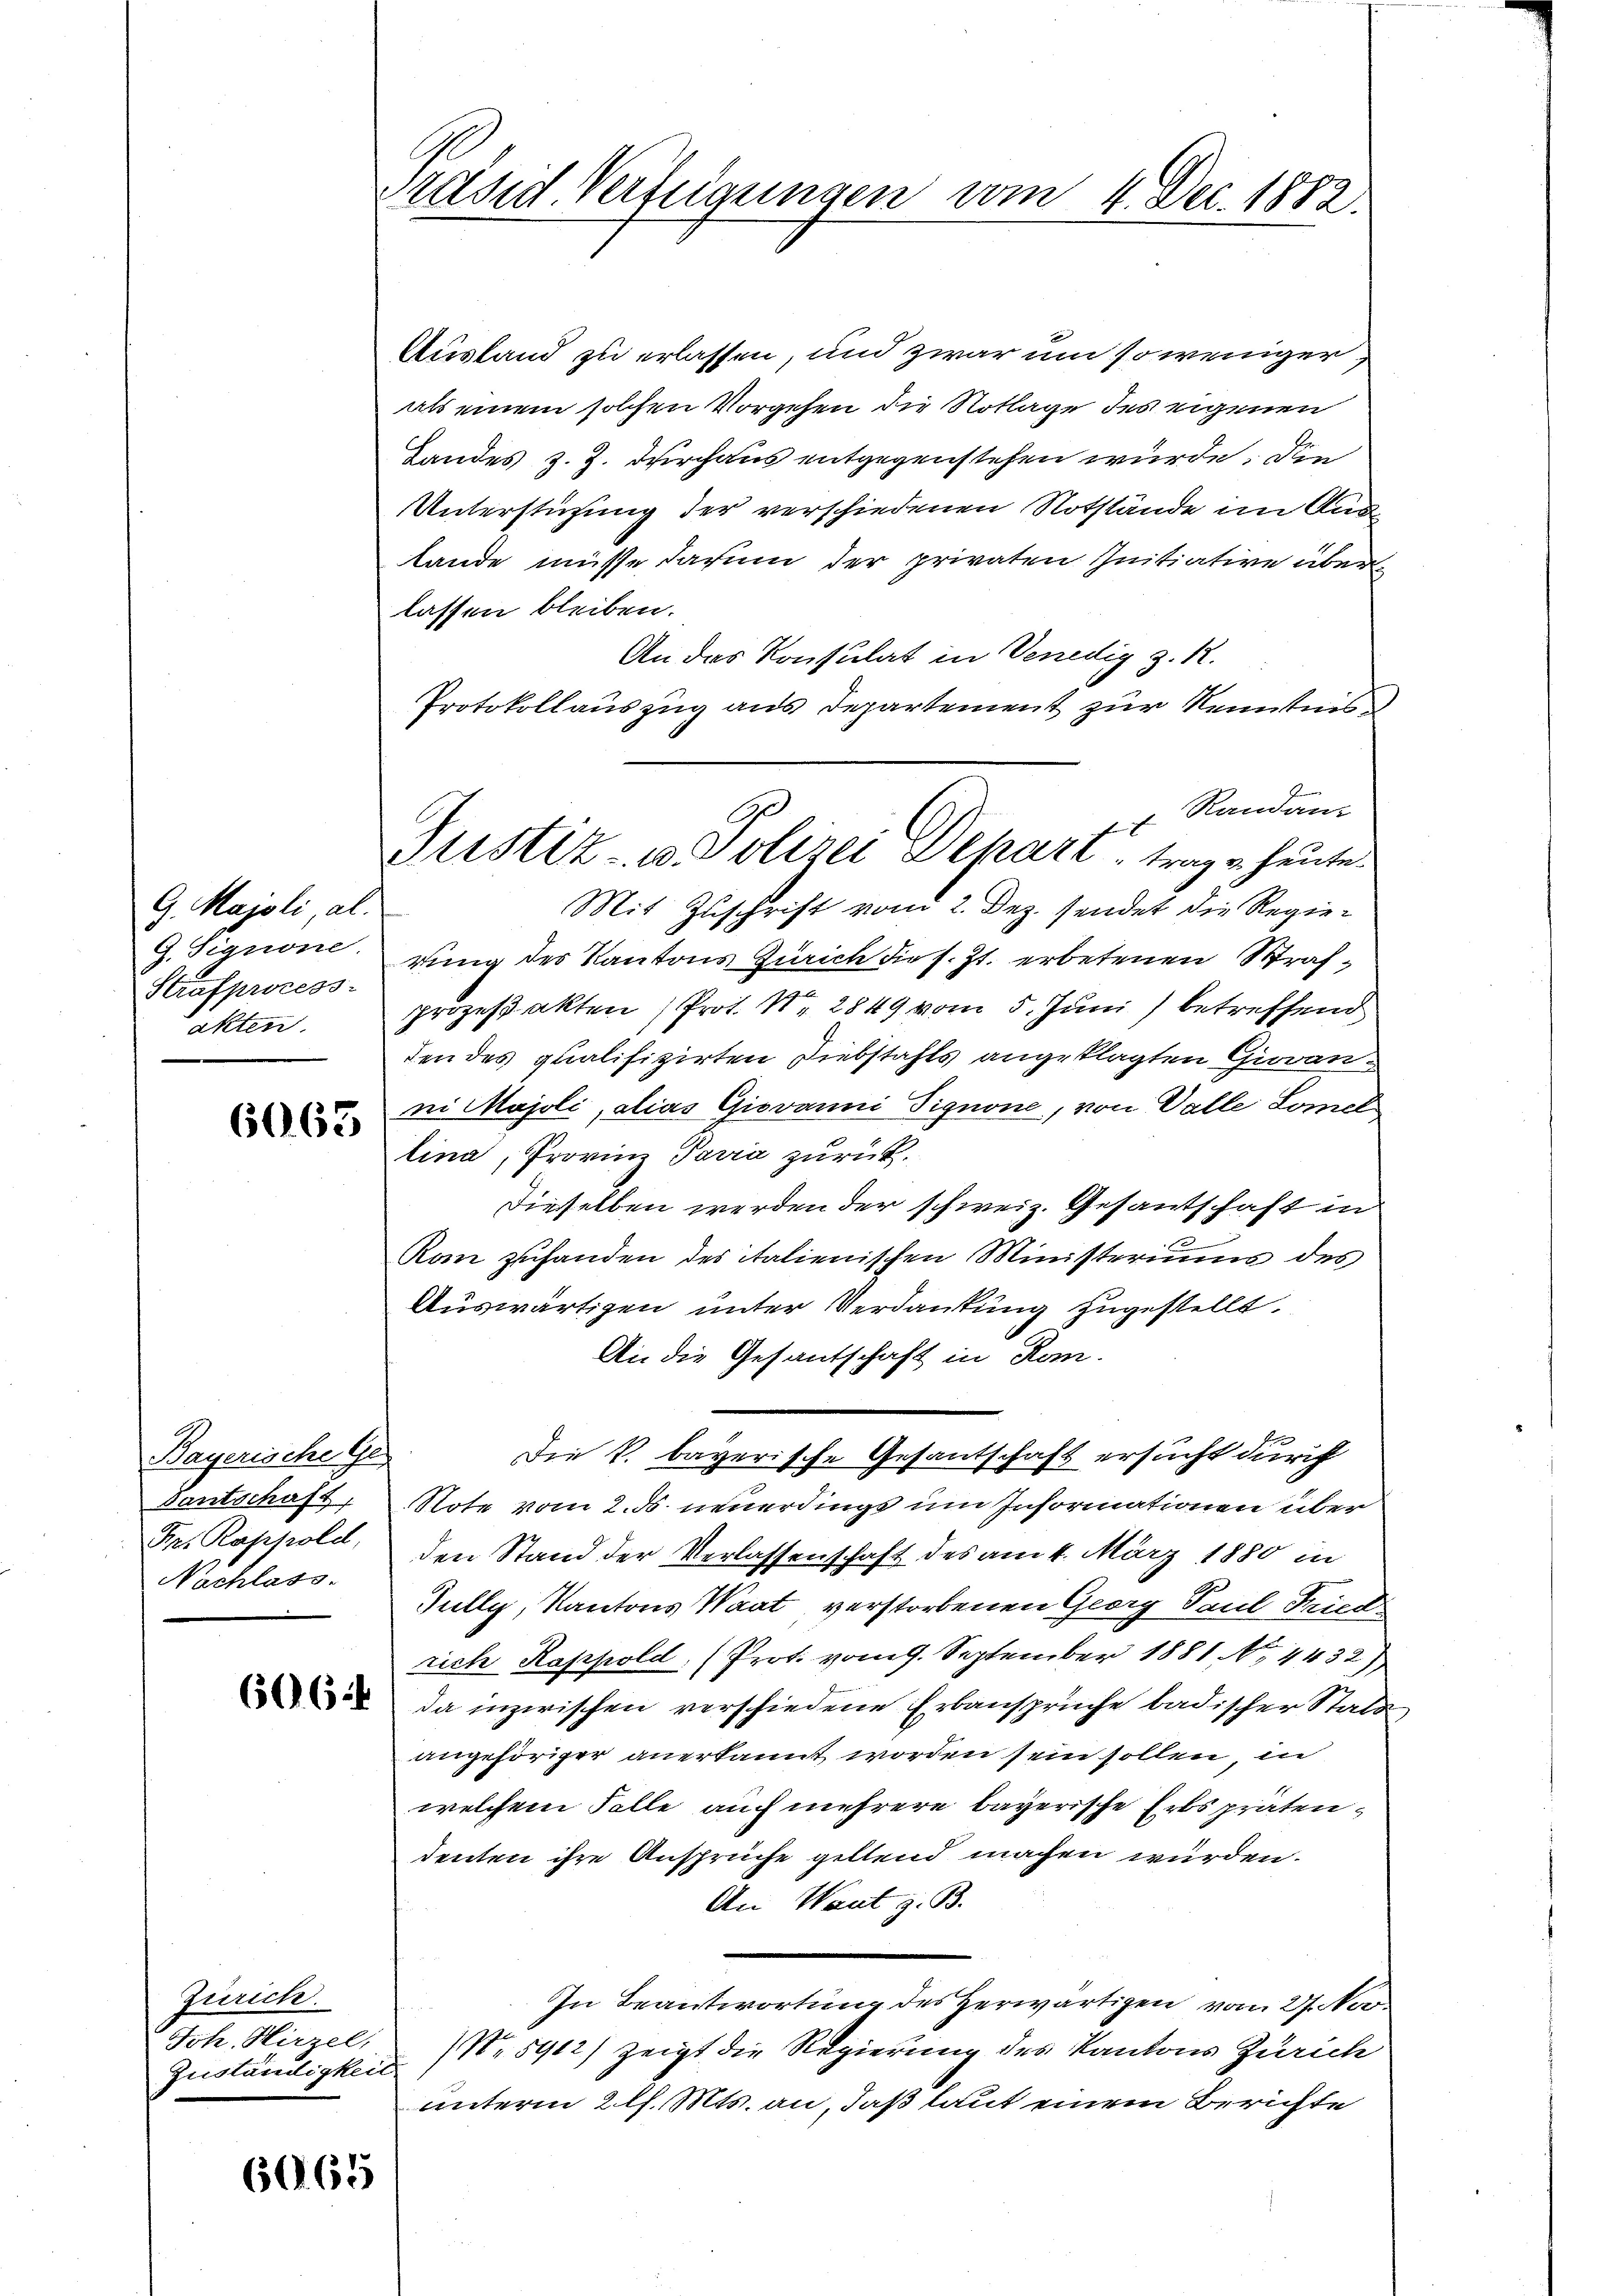
G. Majoli, al
G. Signone
Strafprocess
akten.

6063

Bayerische Ge
Santschaft,
Br. Rappold,
Nachlass.

606

Zürich.
Joh. Hirzel,
Zuständigkeit

6065

räsid Vertigungen vom 4. Dec. 1882.

G.
Justiz- u. Polizei Depart trage heute.

Ausland zu erlassen, und zwar um so weniger,
als einem solchen Vorgehen die Notlage des eigenen
Landes z. Z. durchaus entgegenstehen würde. Die
Unterstüzung der verschiedenen Notstände im Auslande müsse darum der privaten Initiative über
lassen bleiben.
An das Konsulat in Venedig z. R.
Protokollauszug aus Departement zur Kenntnis
Randan
Mit Zuschrift vom 2. Dez. sendet die Regierung des Kantons Zürich die s. Zt. erbetenen Strafprozeßakten (Prot. Nr. 2849 vom 5. Juni betreffend
den des qualifizirten Diebstahls angeklagten Grovannei Majoli, das Giovanni Pignone, von Valle Lomol
lina, Provinz Pavia zurück.
dieselben werden der schweiz. Gesantschaft in
Rom zufanden des italienischen Ministeriums des
Auswärtigen unter Verdankung zugestellt.
An die Gesantschaft in Rom.
Die k. bayerische Gesantschaft ersucht durch
Note vom 2. ds neuerdings um Informationen über
den Stand der Verlassenschaft des am 4. März 1880 in
Jully, Kantons Waat verstorbenen Georg Paul Fried
rich Rappold (Prot. vom 9. September 1881 No 4432)
da inzwischen verschiedene Erbansprüche badischer Statt
angehöriger anerkannt worden sein sollen in
welchem Falle auch mehrere bayerische Erbs präten,
denten ihre Ansprüche geltend machen würden.
An Want z. B.
In Beantwortung des Herwärtigen vom 27. No
Nr 5912) zeigt die Regierung des Kantons Zürich
unterm 2 l. Mts. an, daß laut einem Berichte